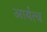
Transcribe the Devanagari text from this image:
आर्यत्व